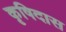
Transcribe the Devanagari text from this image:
कृषिदास